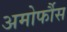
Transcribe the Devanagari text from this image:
अमोर्फौस